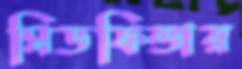
মিডফিন্ডার